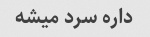
داره سرد میشه